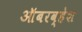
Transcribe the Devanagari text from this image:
ऑबरव्हेश